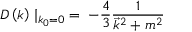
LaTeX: D \left( k \right) \mid _ { k _ { 0 } = 0 } \; = \; - { \frac { 4 } { 3 } } { \frac { 1 } { { \vec { k } } ^ { 2 } + m ^ { 2 } } }